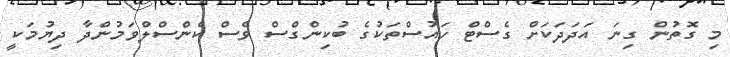
މި ގޮތުން ގިނަ އަދަދަކަށް ގެސްޓް ހައުސްތަކުގެ ބުކިންގްސް ވެސް ކެންސްލްވަމުންދާ ދިޔުމަކީ